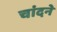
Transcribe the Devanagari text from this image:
चांदने